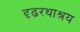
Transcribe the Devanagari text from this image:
दृढरथाश्रय